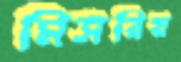
মিসরিয়